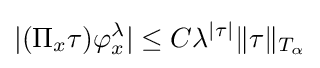
|(\Pi _{x}\tau )\varphi _{x}^{\lambda }|\leq C\lambda ^{|\tau |}\|\tau \|_{T_{\alpha }}